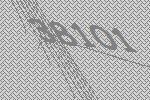
38101